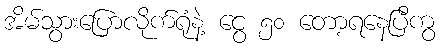
အိမ်သွားပြောလိုက်ရုံနဲ့ ငွေ ၅၀ တော့ရနေပြီကွ